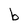
Character: b